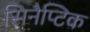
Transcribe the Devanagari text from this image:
सिनैप्टिक